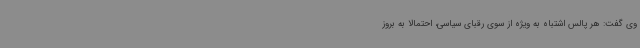
وی گفت: هر پالس اشتباه به ویژه از سوی رقبای سیاسی، احتمالا به بروز